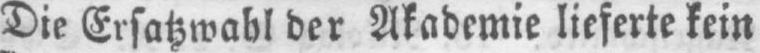
Die Ersatzwahl der Akademie lieferte kein